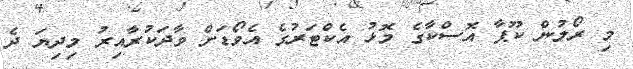
މި ރޯލުން ކޫޕާ އޮސްކާގެ މޮޅު އެކްޓަރުގެ އެވޯޑަށް ވާދަކުރާއިރު މިދިޔަ ދެ